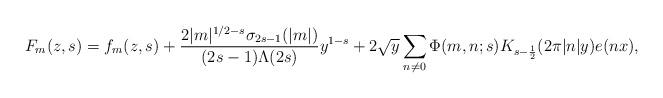
LaTeX: \begin{align*} F_m(z,s) = f_m(z,s) + \frac{2|m|^{1/2-s}\sigma_{2s-1}(|m|)}{(2s-1)\Lambda(2s)}y^{1-s} + 2\sqrt y \sum_{n\neq 0} \Phi(m,n;s) K_{s-\frac 12}(2\pi|n|y)e(nx),\end{align*}